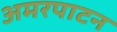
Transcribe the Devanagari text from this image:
अमरपाटन